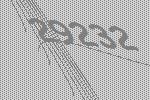
29232